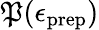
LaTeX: \mathfrak{P}(\epsilon_{\mathrm{{prep}}})